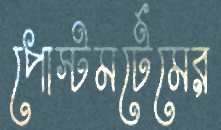
পোস্টমর্টেমের